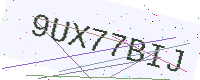
Text: 9UX77BIJ